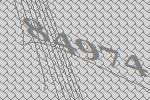
84974